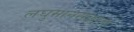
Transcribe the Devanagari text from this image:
लघुमानसकरण